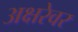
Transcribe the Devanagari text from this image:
अक्षरेवर